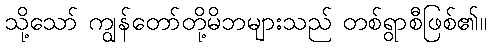
သို့သော် ကျွန်တော်တို့မိဘများသည် တစ်ရွာစီဖြစ်၏။